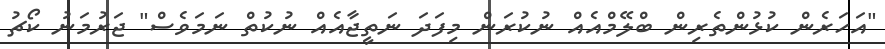
"އަހަރެން ކުޅުންތެރިން ބްލޭމްއެއް ނުކުރަން މިފަދަ ނަތީޖާއެއް ނުކުތް ނަމަވެސް" ޖަރުމަނު ކޯޗު